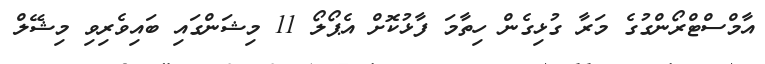
އާމްސްޓްރޯންގުގެ މަރާ ގުޅިގެން ހިތާމަ ފާޅުކޮށް އެޕޯލޯ 11 މިޝަންގައި ބައިވެރިވި މިޝޭލް